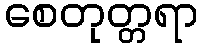
စေတုတ္တရာ